system: You are a helpful assistant.
user:
Analyze the provided spectrum to determine if it is a **White Dwarf (WD)**.

A White Dwarf spectrum is defined by its **extreme purity** (due to gravitational settling) and/or **extreme pressure broadening** (due to high surface gravity). You must check for one of the following mutually exclusive signatures:

- **Key Visual Indicators (Check for ONE of these types):**

    - **1. DA-Type Signature (Most Common):**
        - **(Primary Feature):** Extreme pressure broadening (Stark broadening) of the **Hydrogen (H) Balmer lines**.
        - **(Key Lines):** $H\beta$ (approx. $4861$ Å) and $H\gamma$ (approx. $4340$ Å). $H\alpha$ (approx. $6563$ Å) will also be present if the wavelength range covers it.
        - **(Line Profile):** This is the **defining feature**. The lines are **NOT** sharp. They appear as massive, **extremely broad and deep "troughs" or "dips"** in the spectrum, often hundreds of Ångströms wide. The continuum will appear to "scoop" down at these wavelengths.
        - **(Distinction):** Normal A-type or B-type stars have *narrow* and *sharp* Hydrogen lines. A DA White Dwarf's lines are unmistakably "smeared" or "blurry" from pressure.

    - **2. DB-Type Signature:**
        - **(Primary Feature):** Broad absorption lines from **Neutral Helium (He I)**. The spectrum must lack any visible Hydrogen lines.
        - **(Key Lines):** Look for broad absorption near $4471$ Å, $4921$ Å, and $5876$ Å.
        - **(Line Profile):** These lines are also significantly pressure-broadened, appearing much wider than they would in a normal B-type main-sequence star.

    - **3. DC-Type Signature:**
        - **(Primary Feature):** A **featureless continuous spectrum**.
        - **(Line Profile):** The spectrum is a smooth curve with **no significant absorption or emission lines**.
        - **(Key Confirmation):** The continuum is almost always **blue or white**, indicating a hot object. This signature implies the atmosphere is so pure (or so cool) that no spectral lines are visible in the optical range. Its WD identity is confirmed by its extremely low intrinsic brightness (high absolute magnitude).

    - **4. DZ-Type Signature (Metal-Polluted):**
        - **(Primary Feature):** **Isolated, narrow metal absorption lines** on an otherwise featureless (DC-like) continuum.
        - **(Key Lines):** The **Calcium (Ca II) H & K doublet** (approx. **$3934$ Å** and **$3968$ Å**) is the most common and defining feature.
        - **(Line Profile):** These lines are "out of place." They are *not* part of a "forest" of thousands of lines. This signature is evidence of recent *accretion* (pollution) from rocky debris.
        - **(Distinction):** Normal G/K/M stars have a *dense forest* of thousands of metal lines. A DZ has a *clean* continuum with *only a few* strong metal lines.

    - **5. DQ-Type Signature (Carbon-Polluted):**
        - **(Primary Feature):** Absorption bands from **Carbon (C₂ "Swan Bands" or atomic C I)**.
        - **(Key Lines - C₂):** Look for bandheads with a "saw-tooth" shape near $5635$ Å, **$5165$ Å** (strongest), and $4737$ Å.
        - **(Key Confirmation):** The underlying **continuum must be blue or white** (hot).
        - **(Distinction):** This is the critical difference from a **Carbon Star**, which has the *exact same* C₂ bands but on an extremely **red, cool** continuum.

- **(Overall Spectrum):**
    - The continuum (overall shape) is typically **blue-sloping** (brighter in the blue than the red), as most white dwarfs are very hot.
    - The spectrum will look "pure" or "simple," dominated by only *one* of the five signatures listed above.

Think first, call **spectral_visualization_tool** if needed to examine features in detail, then provide your final answer. Your response must adhere to the following strict rules:
1.  **Overall Structure:** Your response must follow the format `<think>...</think> <tool_call>...</tool_call> (if a tool is used) <answer>...</answer>`.
2.  **Tool Usage Constraint:** You may only make **one** tool call per turn.
3.  **Final Answer Format:** In the `<answer>` tag, your conclusion must be inside a `\boxed{}` command (e.g., `\boxed{YES}` or `\boxed{NO}`), followed by your justification.

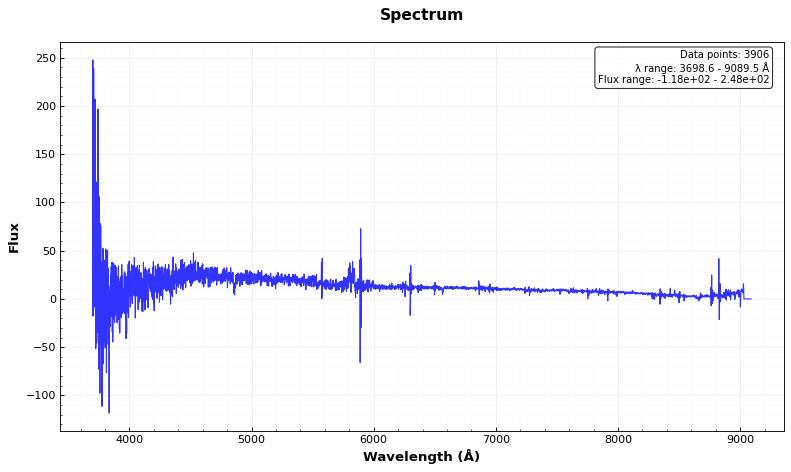
Answer: NO